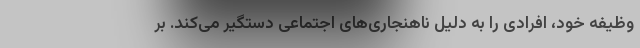
وظیفه خود، افرادی را به دلیل ناهنجاری‌های اجتماعی دستگیر می‌کند. بر